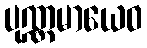
ပုဏ္ဏမာယေဝ